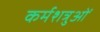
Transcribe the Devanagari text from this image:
कर्मशत्रुओं